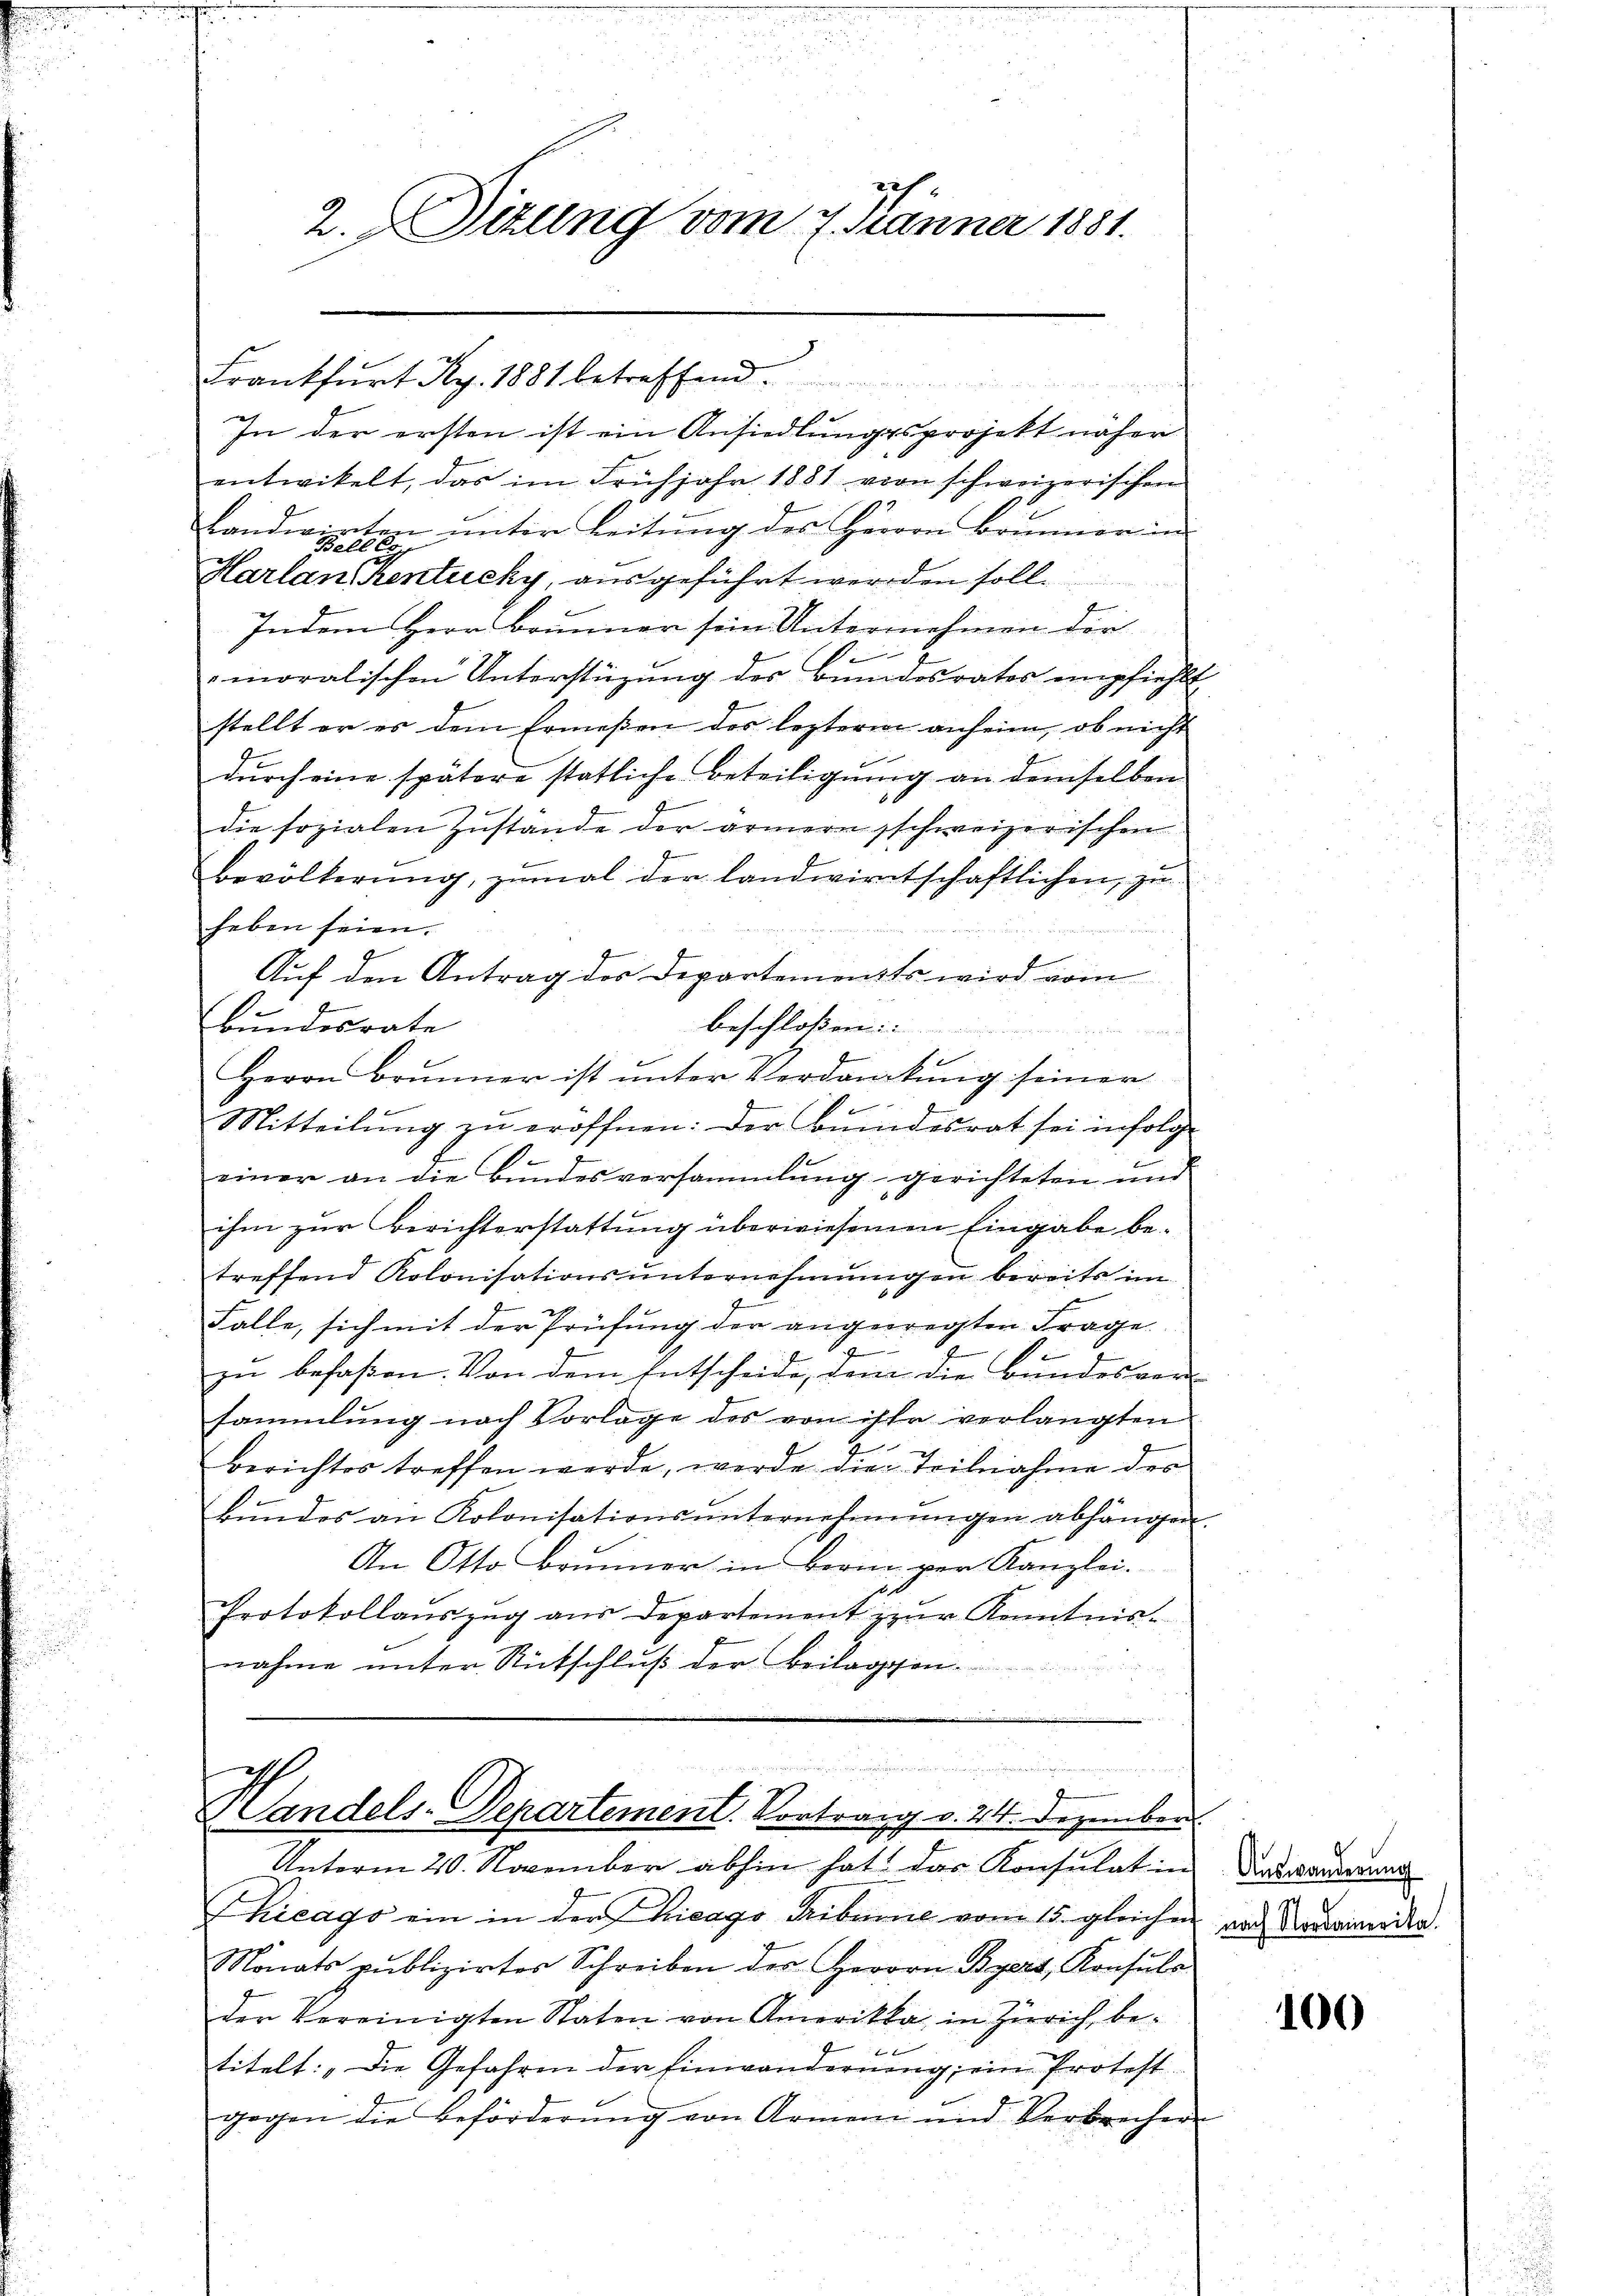
ich.
2. Situng vom 7. Jänner 1881.

In der ersten ist ein Ansiedlungsprojekt näher
entwickelt, das im Frühjahr 1881 von schweizerischen
Landwirten unter Leitung des Herrn Brunner in
Harlan Kentucky, ausgeführt werden soll.
Indem Herr Brunner sein Unternehmen der
e
moralischen Unterstüzung des Bundesrates empfiehlt,
stellt er es dem Ermeßen des lezterm anheim, ob nicht
durch eine spätere statliche Beteiligung an demselben
die sozialen Zustände der armern schweizerischen
Bevölkerŭng, zŭmal der landwirtschaftlichen zŭ
heben seien.
Auf den Antrag des Departements wird vom
2
Bundesrate
beschloßen:

f
Herrn Brŭnner ist ŭnter Verdankŭng seiner
Mitteilŭng zŭ eröffnen: Der Bŭndesrat sei infolg
einer an die Bundesversammlung gerichteten und
ihm zur Berichterstattung überwiesenen Eingabe betreffend Kolonisationsunternehmungen bereits im
Falle, sich mit der Prüfung der angewegten Frage
u
zu befaßen. Von dem Entscheide, dem die Bundesversammlung nach Vorlage des von ihre verlangten
berichtes treffen werde, werde die Teilnahme des
Bŭndes an Kolonisationsŭnternehmungen abhängen.
An Otto Brunner in Berne per Kanzlei.
Protokollanszŭg aŭs Departement zur Kenntnis-
nahme unter Rütschluß der Beilagen.

Frankfurt Ry. 1881 betreffend

ierin verneuer
i
 Sandels-Departement. Vortrang v. 24. Dezember.
Unterm 20. November abhin hat das Konsulat in

Chicago ein in der Chicago Tribunie vom 15. gleichen
Nonats publizirtes Schreiben des Herrn Byert, Konsuls
der Vereinigten Staten von Amerika, in Zürich, be-
titelt: „Die Gefahren der Einwanderung, ein Protest.
gegen die Beförderŭng von Armen und Verbrecher

Auswanderung
nach Nordamerika.

100